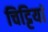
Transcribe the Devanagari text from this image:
चिट्टियां